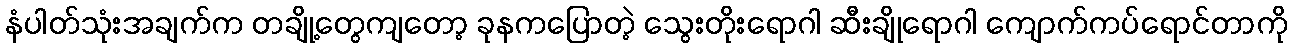
နံပါတ်သုံးအချက်က တချို့တွေကျတော့ ခုနကပြောတဲ့ သွေးတိုးရောဂါ ဆီးချိုရောဂါ ကျောက်ကပ်ရောင်တာကို